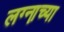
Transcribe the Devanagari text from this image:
लग्ना़च्या